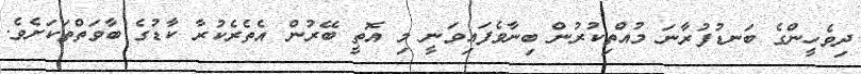
ދިވެހީންގެ ބަނޑުފުރާނަ މުއްތިކުރުން ބިނާވެފައިވަނީ މި އޮތީ ބޭރުން އެތެރެކުރާ ކާޑުގެ ބާވަތްތަކަށެވެ.